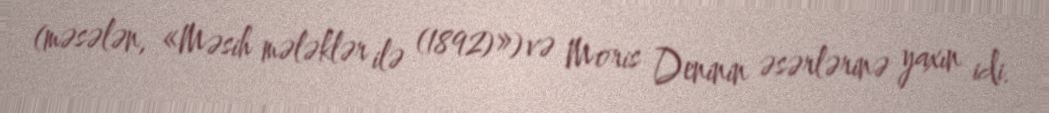
(məsələn, «Məsih mələklər ilə (1892)») və Moris Deninin əsərlərinə yaxın idi.